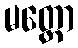
မတ္တော